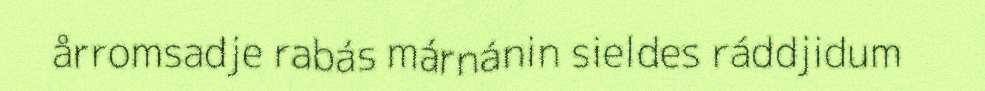
årromsadje rabás márnánin sieldes ráddjidum